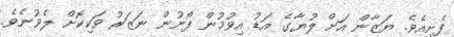
ފެށިއެވެ. ޔަޒާން އަށް ލުޔާގެ އަޑު އިވުމުން ފޯނުން ނަޒަރު ވަކިކޮށް ލެވުނެވެ.